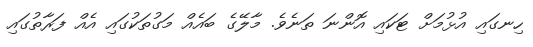
ހިނގައި އުޅުމަށް ޓަކައި އޮންނަ ތަނެވެ. މާލޭގެ ބައެއް މަގުތަކުގައި އެއް ފަރާތުގައި